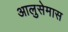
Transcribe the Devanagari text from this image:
आलुसेमास